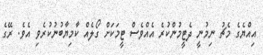
އިއްޔެގެ މެޗު ނިމުނީ ދެޓީމުންކުރެ އެއްވެސް ޓީމަކަށް ގޯލެއް ކާމިޔާބުނުކުރެވި އެވެ. ރޭގެ